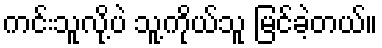
ကင်းသူလို့ပဲ သူ့ကိုယ်သူ မြင်ခဲ့တယ်။